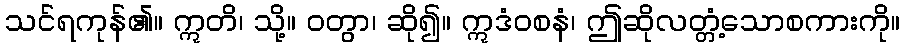
သင်ရကုန်၏။ ဣတိ၊ သို့။ ဝတွာ၊ ဆို၍။ ဣဒံဝစနံ၊ ဤဆိုလတ္တံ့သောစကားကို။